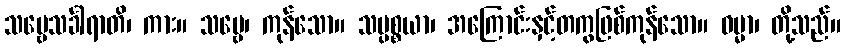
သဗ္ဗေသင်္ခါရာတိ၊ ကား။ သဗ္ဗေ၊ ကုန်သော။ သပ္ပစ္စယာ၊ အကြောင်းနှင့်တကွဖြစ်ကုန်သော။ ဓမ္မာ၊ တို့သည်။